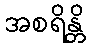
အစရိန္တိ